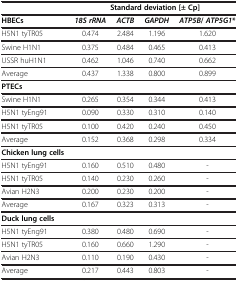
|  | <COLSPAN=4> Standard deviation [± Cp] |
 | --- | --- | --- | --- | --- |
 | HBECs | 18S rRNA | ACTB | GAPDH | ATP5B/ ATP5G1* |
 | H5N1 tyTR05 | 0.474 | 2.484 | 1.196 | 1.620 |
 | Swine H1N1 | 0.375 | 0.484 | 0.465 | 0.413 |
 | USSR huH1N1 | 0.462 | 1.046 | 0.740 | 0.662 |
 | Average | 0.437 | 1.338 | 0.800 | 0.899 |
 | PTECs |  |  |  |  |
 | Swine H1N1 | 0.265 | 0.354 | 0.344 | 0.413 |
 | H5N1 tyEng91 | 0.090 | 0.330 | 0.310 | 0.140 |
 | H5N1 tyTR05 | 0.100 | 0.420 | 0.240 | 0.450 |
 | Average | 0.152 | 0.368 | 0.298 | 0.334 |
 | Chicken lung cells |  |  |  |  |
 | H5N1 tyEng91 | 0.160 | 0.510 | 0.480 | - |
 | H5N1 tyTR05 | 0.140 | 0.230 | 0.260 | - |
 | Avian H2N3 | 0.200 | 0.230 | 0.200 | - |
 | Average | 0.167 | 0.323 | 0.313 | - |
 | Duck lung cells |  |  |  |  |
 | H5N1 tyEng91 | 0.380 | 0.480 | 0.690 | - |
 | H5N1 tyTR05 | 0.160 | 0.660 | 1.290 | - |
 | Avian H2N3 | 0.110 | 0.190 | 0.430 | - |
 | Average | 0.217 | 0.443 | 0.803 | - |